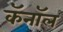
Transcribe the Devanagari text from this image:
कॅनाॅल